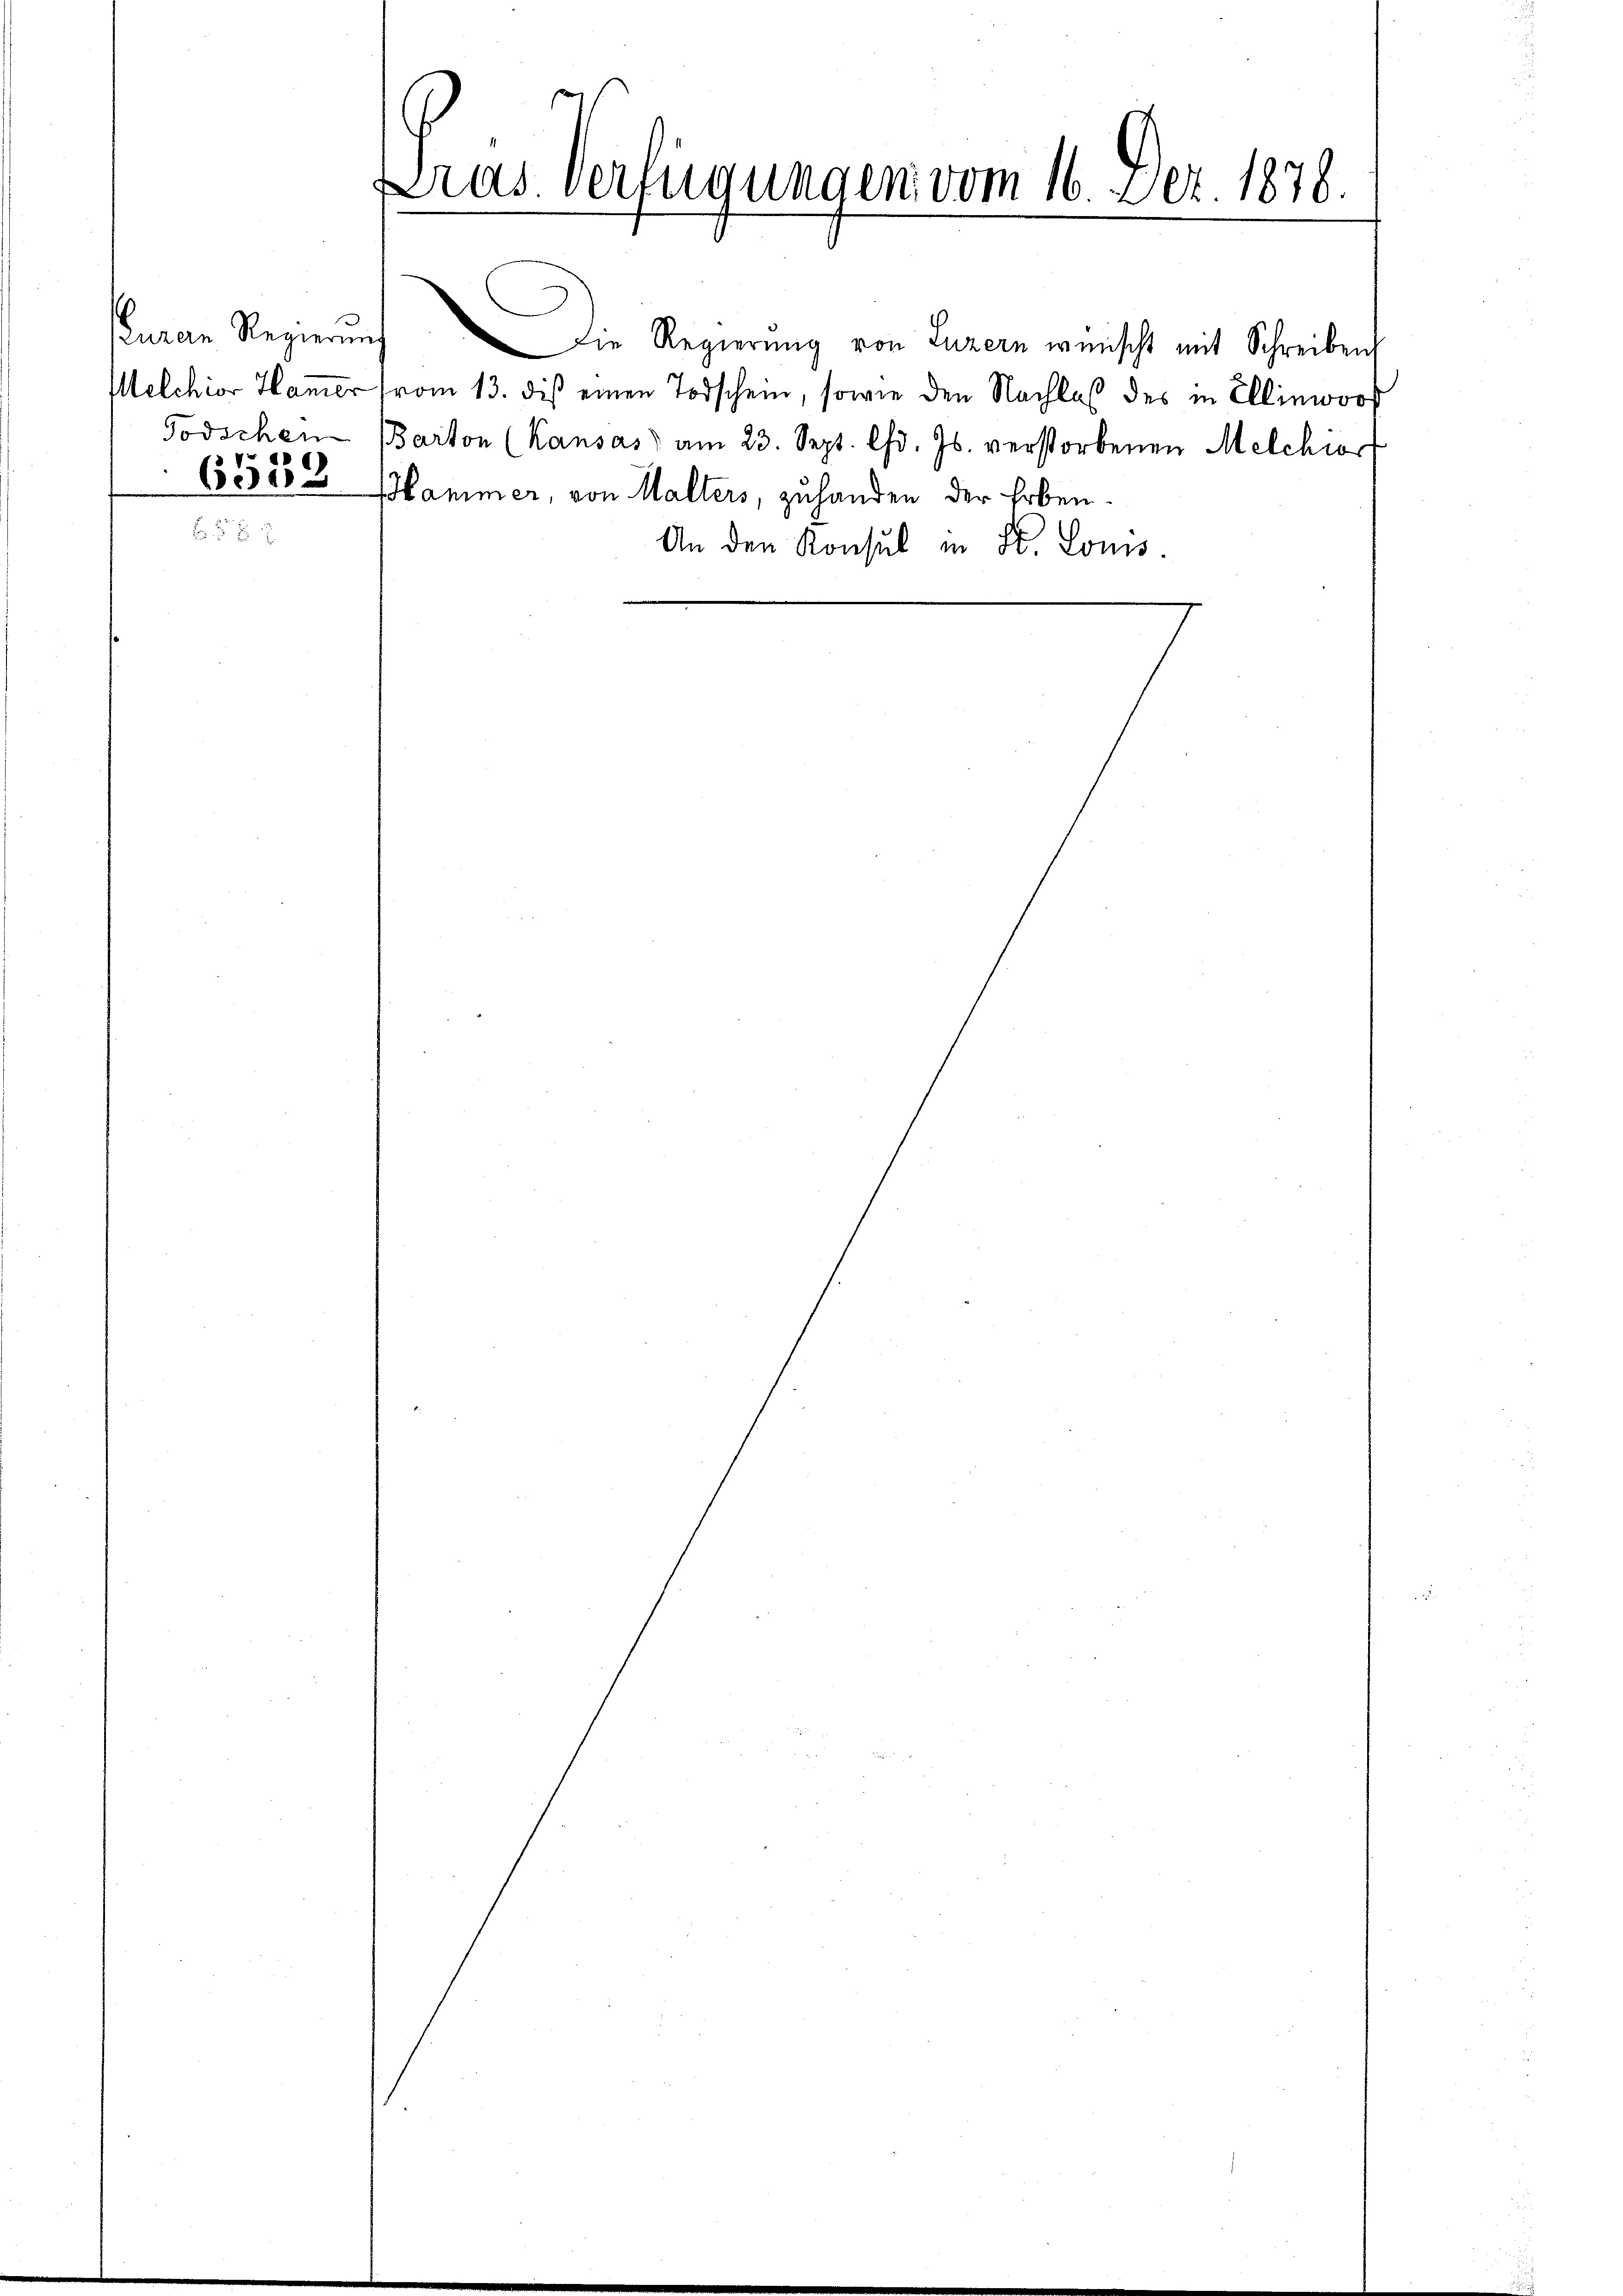
aran Regierung

Lras. Verfügungen vom 16. Dez. 1878.

Die Regierŭng von Luzern wünscht mit Schreiben
Melchior Hamer vom 13. diβ einen Todschein, sowie den Nachlaß des in Ellinwoof
Todschen (Barton (Kausas am 23. Sept. lfd. Js. verstorbenen Melchior
63255 Hammer, von Malters, zuhanden der Erben
An den Konsul in Fr. Louis.